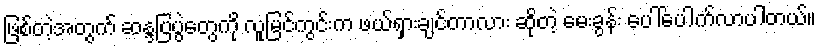
ဖြစ်တဲ့အတွက် ဆန္ဒပြပွဲတွေကို လူမြင်ကွင်းက ဖယ်ရှားချင်တာလား ဆိုတဲ့ မေးခွန်း ပေါ်ပေါက်လာပါတယ်။